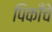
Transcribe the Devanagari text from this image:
पिकाँचे